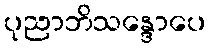
ပုညာဘိသန္ဒောပေ